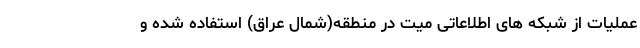
عملیات از شبکه های اطلاعاتی میت در منطقه(شمال عراق) استفاده شده و